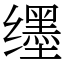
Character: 𬙊